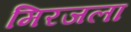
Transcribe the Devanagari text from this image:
मिरजला